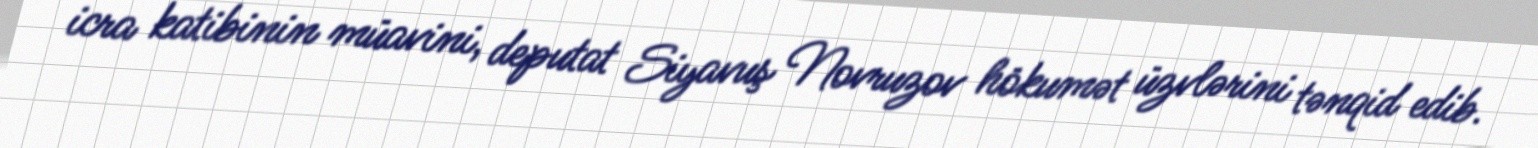
icra katibinin müavini, deputat Siyavuş Novruzov hökumət üzvlərini tənqid edib.